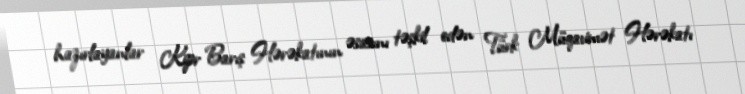
hazırlayanlar Kipr Barış Hərəkatının əsasını təşkil edən Türk Müqavimət Hərəkatı